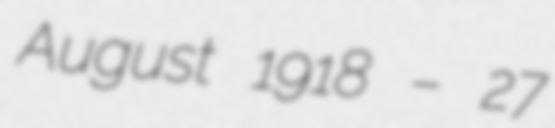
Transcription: August 1918 – 27